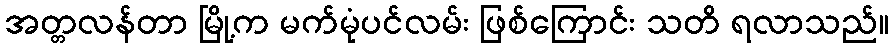
အတ္တလန်တာ မြို့က မက်မုံပင်လမ်း ဖြစ်ကြောင်း သတိ ရလာသည်။